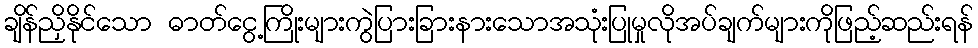
ချိန်ညှိနိုင်သော ဓာတ်ငွေ့ကြိုးများကွဲပြားခြားနားသောအသုံးပြုမှုလိုအပ်ချက်များကိုဖြည့်ဆည်းရန်